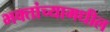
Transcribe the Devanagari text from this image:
भक्तांच्यामधील